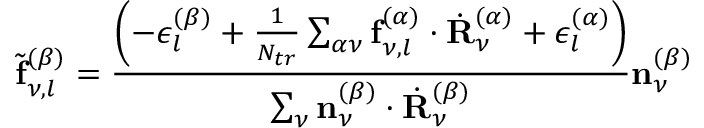
\tilde { \mathbf { f } } _ { \nu , l } ^ { ( \beta ) } = \frac { \left( - \epsilon _ { l } ^ { ( \beta ) } + \frac { 1 } { N _ { t r } } \sum _ { \alpha \nu } \mathbf { f } _ { \nu , l } ^ { ( \alpha ) } \cdot \dot { \mathbf { R } } _ { \nu } ^ { ( \alpha ) } + \epsilon _ { l } ^ { ( \alpha ) } \right) } { \sum _ { \nu } \mathbf { n } _ { \nu } ^ { ( \beta ) } \cdot \dot { \mathbf { R } } _ { \nu } ^ { ( \beta ) } } \mathbf { n } _ { \nu } ^ { ( \beta ) }